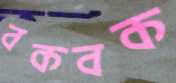
বকবক